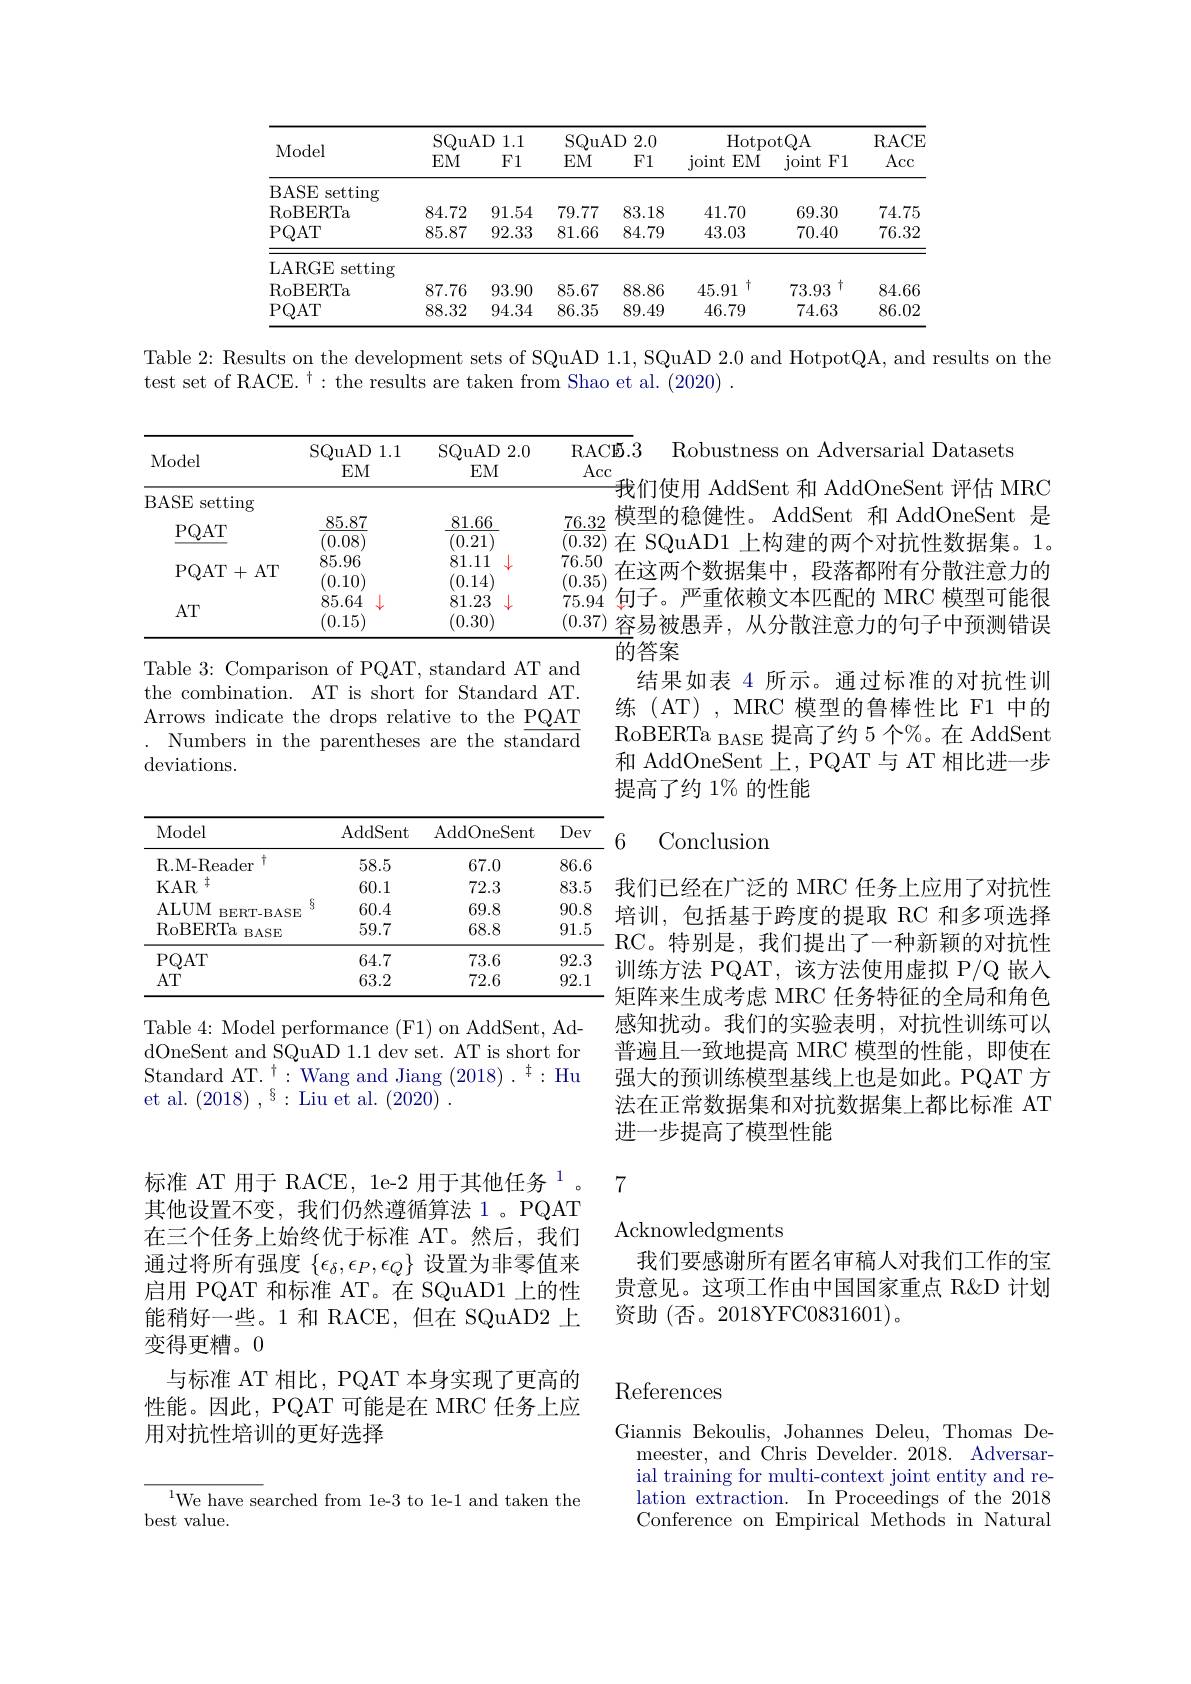
<table>
	<tbody>
		<tr>
			<th rowspan="2">Model</th>
			<th colspan="2">SQuAD 1.1</th>
			<th colspan="2">SQuAD 2.0</th>
			<th colspan="2">HotpotOA</th>
			<th rowspan="2">RACE Acc</th>
		</tr>
		<tr>
			<th>$EM$</th>
			<th>F1</th>
			<th>$EM$</th>
			<th>F1</th>
			<th>joint $EM$</th>
			<th>joint F1</th>
		</tr>
		<tr>
			<td>BASE setting</td>
			<td> </td>
			<td> </td>
			<td> </td>
			<td> </td>
			<td> </td>
			<td> </td>
			<td> </td>
		</tr>
		<tr>
			<td>$\operatorname{RoBERTa}$</td>
			<td>84.72</td>
			<td>91.54</td>
			<td>79.77</td>
			<td>83.18</td>
			<td>41.70</td>
			<td>69.30</td>
			<td>74.75</td>
		</tr>
		<tr>
			<td>$PQAT$</td>
			<td>85.87</td>
			<td>92.33</td>
			<td>81.66</td>
			<td>84.79</td>
			<td>43.03</td>
			<td>70.40</td>
			<td>76.32</td>
		</tr>
		<tr>
			<td>LARGE setting</td>
			<td> </td>
			<td> </td>
			<td> </td>
			<td> </td>
			<td> </td>
			<td> </td>
			<td> </td>
		</tr>
		<tr>
			<td>$\operatorname{RoBERTa}$</td>
			<td>87.76</td>
			<td>93.90</td>
			<td>85.67</td>
			<td>88.86</td>
			<td>+ 45.91</td>
			<td>十 73.93</td>
			<td>84.66</td>
		</tr>
		<tr>
			<td>PQAT</td>
			<td>88.32</td>
			<td>94.34</td>
			<td>86.35</td>
			<td>89.49</td>
			<td>46.79</td>
			<td>74.63</td>
			<td>86.02</td>
		</tr>
	</tbody>
</table>

Table 2: Results on the development sets of SQuAD 1.1, SQuAD 2.0 and HotpotQA, and results on the

test set of RACE.$^\dagger:$the results are taken from Shao et al.(2020) .

$\begin{array}{c}\text{我们使用 AddSent 和 AddOneSent 评估 MRC}\\\frac{76.32}{(0.2)}&\text{模型的稳健性。AddSent 和 AddOneSent 是}\\\hline\end{array}$
<table>
	<tbody>
		<tr>
			<th>Model</th>
			<th>SQuAD 1.1 $EM$</th>
			<th>SQuAD 2.0 $EM$</th>
			<th>RACB. Acc</th>
		</tr>
		<tr>
			<td>BASE setting $i$</td>
			<td> </td>
			<td> </td>
			<td>找</td>
		</tr>
		<tr>
			<td>PQAT $\Gamma+$AT</td>
			<td>$J.00$ $,U$ 85.96 (0.10)</td>
			<td>$\angle1/$ 81.11 (0.14</td>
			<td>$0.0\angle)$ 111 76.50 在 (0.35</td>
		</tr>
		<tr>
			<td>$AT$</td>
			<td>85.64 (0.15)</td>
			<td>81.23 (0.30)</td>
			<td>75.94 (0.37)</td>
		</tr>
	</tbody>
</table>
$\overline{(0.32)}$在 SQuAD1 上构建的两个对抗性数据集。1。$\begin{array}{c}{(0.39)}\\{75.94}\end{array}$句子。严重依赖文本匹配的 MRC 模型可能很(0.37)容易被愚弄，从分散注意力的句子中预测错误
$\overline{\text{的答案}}$

Robustness on Adversarial Datasets
在这两个数据集中，段落都附有分散注意力的
结果如表 4 所示。通过标准的对抗性训练(AT),MRC 模型的鲁棒性比 F1 中的RoBERTa $_\mathrm{BASE}$提高了约 5个%。在 AddSent 和 AddOneSent 上，PQAT 与 AT 相比进一步提高了约 1% 的性能

Table 3: Comparison of PQAT, standard AT and the combination. AT is short for Standard AT. Arrows indicate the drops relative to the $\underline{\mathrm{PQAT}}$
Numbers in the parentheses are the standard
deviations.

Conclusion

6
<table>
	<tbody>
		<tr>
			<th>Model</th>
			<th>$\operatorname{AddSent}$</th>
			<th>$\operatorname{AddOneSent}$</th>
			<th>Dev</th>
		</tr>
		<tr>
			<td>11 R.M-Reader</td>
			<td>58.5</td>
			<td>67.0</td>
			<td>86.6</td>
		</tr>
		<tr>
			<td>$KAR$ $\pm$</td>
			<td>60.1</td>
			<td>72.3</td>
			<td>83.5</td>
		</tr>
		<tr>
			<td>ALUM BERT-BASE</td>
			<td>$\S$ 60.4</td>
			<td>69.8</td>
			<td>90.8</td>
		</tr>
		<tr>
			<td>$\operatorname{RoBERTa}$ $BASE$</td>
			<td>59.7</td>
			<td>68.8</td>
			<td>91.5</td>
		</tr>
		<tr>
			<td>PQAT</td>
			<td>64.7</td>
			<td>73.6</td>
			<td>92.3</td>
		</tr>
		<tr>
			<td>$AT$</td>
			<td>63.2</td>
			<td>72.6</td>
			<td>92.1</td>
		</tr>
	</tbody>
</table>

我们已经在广泛的 MRC 任务上应用了对抗性培训，包括基于跨度的提取 RC 和多项选择RC。特别是，我们提出了一种新颖的对抗性训练方法 PQAT,该方法使用虚拟 P/Q 嵌入矩阵来生成考虑 MRC 任务特征的全局和角色感知扰动。我们的实验表明，对抗性训练可以普遍且一致地提高 MRC 模型的性能，即使在强大的预训练模型基线上也是如此。PQAT 方法在正常数据集和对抗数据集上都比标准 AT 进一步提高了模型性能

Table 4: Model performance (F1) on AddSent, AddOneSent and SQuAD 1.1 dev set. AT is short for Standard AT.$^\dagger:$Wang and Jiang $(2018).^{\dagger}:$Hu et al. $(2018),^{8}:$ Liu et al. (2020).

7

Acknowledgments
我们要感谢所有匿名审稿人对我们工作的宝贵意见。这项工作由中国国家重点 R&D 计划资助 (否。2018YFC0831601)。

标准 AT 用于 RACE, 1e-2 用于其他任务$^{1}$ 其他设置不变，我们仍然遵循算法 1。PQAT 在三个任务上始终优于标准 AT。然后，我们通过将所有强度$\{\epsilon_\delta,\epsilon_P,\epsilon_Q\}$设置为非零值来启用 PQAT 和标准 AT。在 SQuAD1 上的性能稍好一些。1 和 RACE, 但在 SQuAD2 上变得更糟。0
与标准 AT 相比，PQAT 本身实现了更高的性能。因此，PQAT 可能是在 MRC 任务上应用对抗性培训的更好选择

# References

Giannis Bekoulis, Johannes Deleu, Thomas De-
meester, and Chris Develder. 2018. Adversarial training for multi-context joint entity and relation extraction. In Proceedings of the 2018 Conference on Empirical Methods in Natural

$^{1}$We have searched from le-3 to le-1 and taken the
best value.